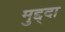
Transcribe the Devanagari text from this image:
मुद्द्दा